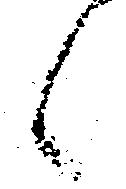
候